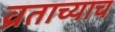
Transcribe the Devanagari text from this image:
व्रताच्याच